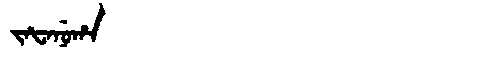
Manchu: ᠵᠠᡶᠠᠨᡠᡥᠠ
Romanization: JAFANUHA